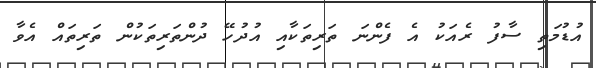
އުޑުމަތި ސާފު ރެއަކު އެ ފެންނަ ތަރިތަކާއި އުދުހޭ ދުންތަރިތަކުން ތަރިތައް އެވާ